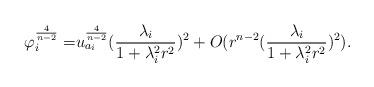
LaTeX: \begin{align*}\varphi_{i}^{\frac{4}{n-2}}= &u^{\frac{4}{n-2}}_{a_{i}}(\frac{\lambda_{i}}{1+\lambda_{i}^{2}r^{2}})^{2}+O(r^{n-2}(\frac{\lambda_{i}}{1+\lambda_{i}^{2}r^{2}})^{2}).\end{align*}